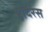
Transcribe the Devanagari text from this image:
इंदिरस